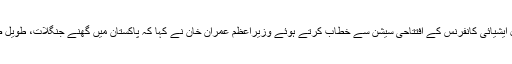
اسلام آباد میں 3 روز ساتویں ریجنل ایشیائی کانفرنس کے افتتاحی سیشن سے خطاب کرتے ہوئے وزیراعظم عمران خان نے کہا کہ پاکستان میں گھنے جنگلات، طویل صحرا، بلند ترین پہاڑی سلسلے ہیں۔